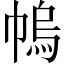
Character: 𢄓